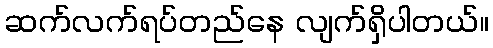
ဆက်လက်ရပ်တည်နေ လျက်ရှိပါတယ်။